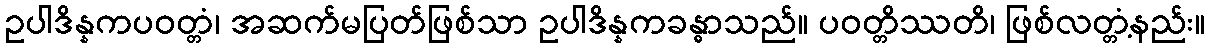
ဥပါဒိန္နကပဝတ္တံ၊ အဆက်မပြတ်ဖြစ်သာ ဥပါဒိန္နကခန္ဓာသည်။ ပဝတ္တိဿတိ၊ ဖြစ်လတ္တံ့နည်း။